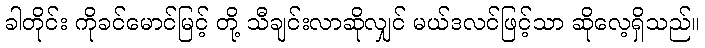
ခါတိုင်း ကိုခင်မောင်မြင့် တို့ သီချင်းလာဆိုလျှင် မယ်ဒလင်ဖြင့်သာ ဆိုလေ့ရှိသည်။